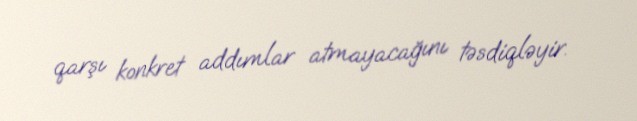
qarşı konkret addımlar atmayacağını təsdiqləyir.